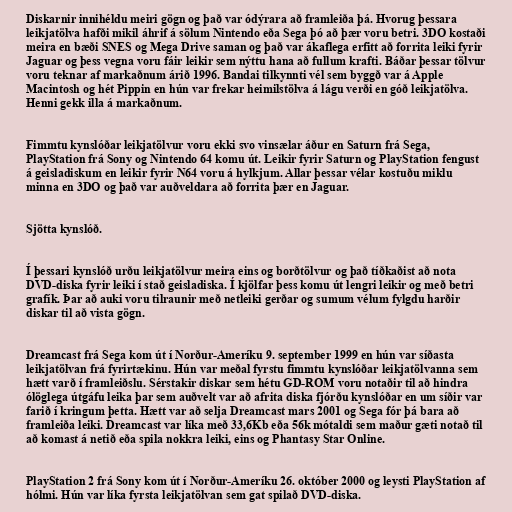
Diskarnir innihéldu meiri gögn og það var ódýrara að framleiða þá. Hvorug þessara
leikjatölva hafði mikil áhrif á sölum Nintendo eða Sega þó að þær voru betri. 3DO kostaði
meira en bæði SNES og Mega Drive saman og það var ákaflega erfitt að forrita leiki fyrir
Jaguar og þess vegna voru fáir leikir sem nýttu hana að fullum krafti. Báðar þessar tölvur
voru teknar af markaðnum árið 1996. Bandai tilkynnti vél sem byggð var á Apple
Macintosh og hét Pippin en hún var frekar heimilstölva á lágu verði en góð leikjatölva.
Henni gekk illa á markaðnum.

Fimmtu kynslóðar leikjatölvur voru ekki svo vinsælar áður en Saturn frá Sega,
PlayStation frá Sony og Nintendo 64 komu út. Leikir fyrir Saturn og PlayStation fengust
á geisladiskum en leikir fyrir N64 voru á hylkjum. Allar þessar vélar kostuðu miklu
minna en 3DO og það var auðveldara að forrita þær en Jaguar.

Sjötta kynslóð.

Í þessari kynslóð urðu leikjatölvur meira eins og borðtölvur og það tíðkaðist að nota
DVD-diska fyrir leiki í stað geisladiska. Í kjölfar þess komu út lengri leikir og með betri
grafík. Þar að auki voru tilraunir með netleiki gerðar og sumum vélum fylgdu harðir
diskar til að vista gögn.

Dreamcast frá Sega kom út í Norður-Ameríku 9. september 1999 en hún var síðasta
leikjatölvan frá fyrirtækinu. Hún var meðal fyrstu fimmtu kynslóðar leikjatölvanna sem
hætt varð í framleiðslu. Sérstakir diskar sem hétu GD-ROM voru notaðir til að hindra
ólöglega útgáfu leika þar sem auðvelt var að afrita diska fjórðu kynslóðar en um síðir var
farið í kringum þetta. Hætt var að selja Dreamcast mars 2001 og Sega fór þá bara að
framleiða leiki. Dreamcast var líka með 33,6Kb eða 56k mótaldi sem maður gæti notað til
að komast á netið eða spila nokkra leiki, eins og Phantasy Star Online.

PlayStation 2 frá Sony kom út í Norður-Ameríku 26. október 2000 og leysti PlayStation af
hólmi. Hún var líka fyrsta leikjatölvan sem gat spilað DVD-diska.